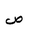
Letter: _sad